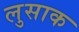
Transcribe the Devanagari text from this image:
लुसाक